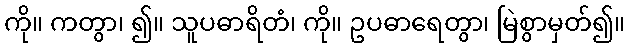
ကို။ ကတွာ၊ ၍။ သူပဓာရိတံ၊ ကို။ ဥပဓာရေတွာ၊ မြဲစွာမှတ်၍။